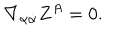
LaTeX: \nabla _ { \alpha \dot { \alpha } } Z ^ { A } = 0 .